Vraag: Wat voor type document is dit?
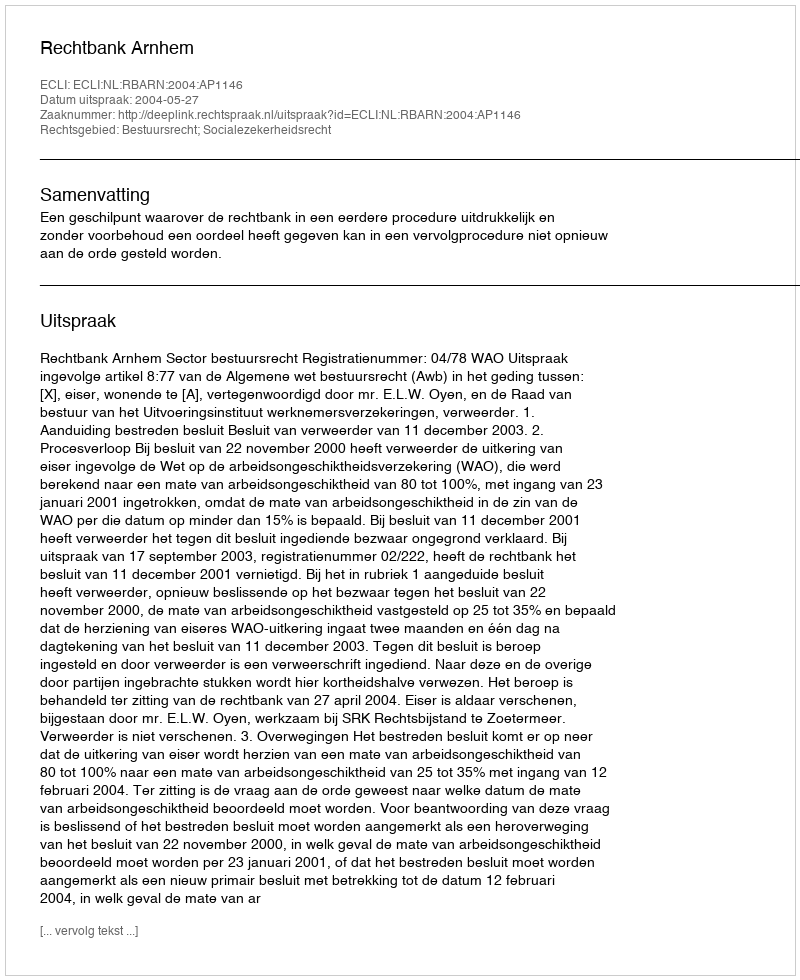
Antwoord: Uitspraak